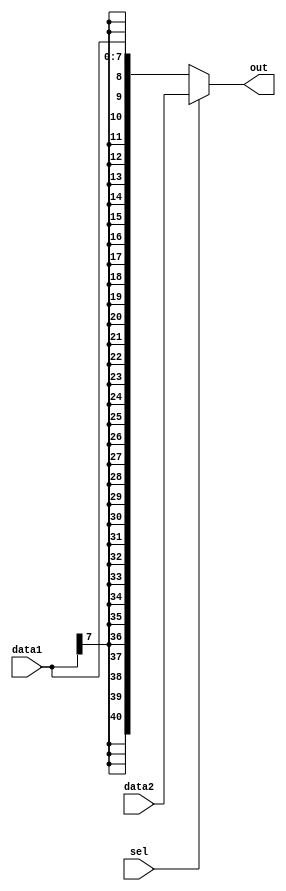
module Mux(
data1,
data2,
sel,
out
  );

input sel;
input signed [7:0]data1;
input signed [40:0]data2;
output signed [40:0]out;

assign out=sel==0?data1:data2;

endmodule